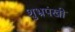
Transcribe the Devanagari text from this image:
शुभ्रपंखी